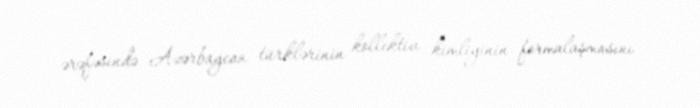
ərəfəsində Azərbaycan türklərinin kollektiv kimliyinin formalaşmasını